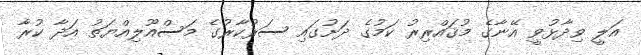
އަލީ ވިދާޅުވީ އޭނާގެ މުޤައްރިރު ކަމުގެ ދަށުގައި ސަރުކާރުގެ މަސްއޫލިއްޔަތު އަދާ ކުރާ